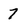
Character: 7